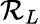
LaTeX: \mathcal{R}_{L}